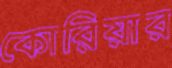
কোরিয়ার